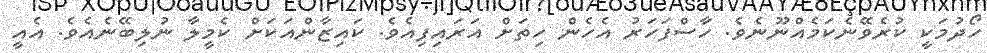
ހޯދުމަކީ ކުރެވޭނެކަމެއްނޫނެވެ. ހާސްފަހަރު އެހެން ހިތަށް އަރައިފިއެވެ. ކައިޒާންއަކަށް ކެމީލާ ނުލިބޭނެއެވެ. އެއީ